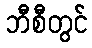
ဘီစီတွင်